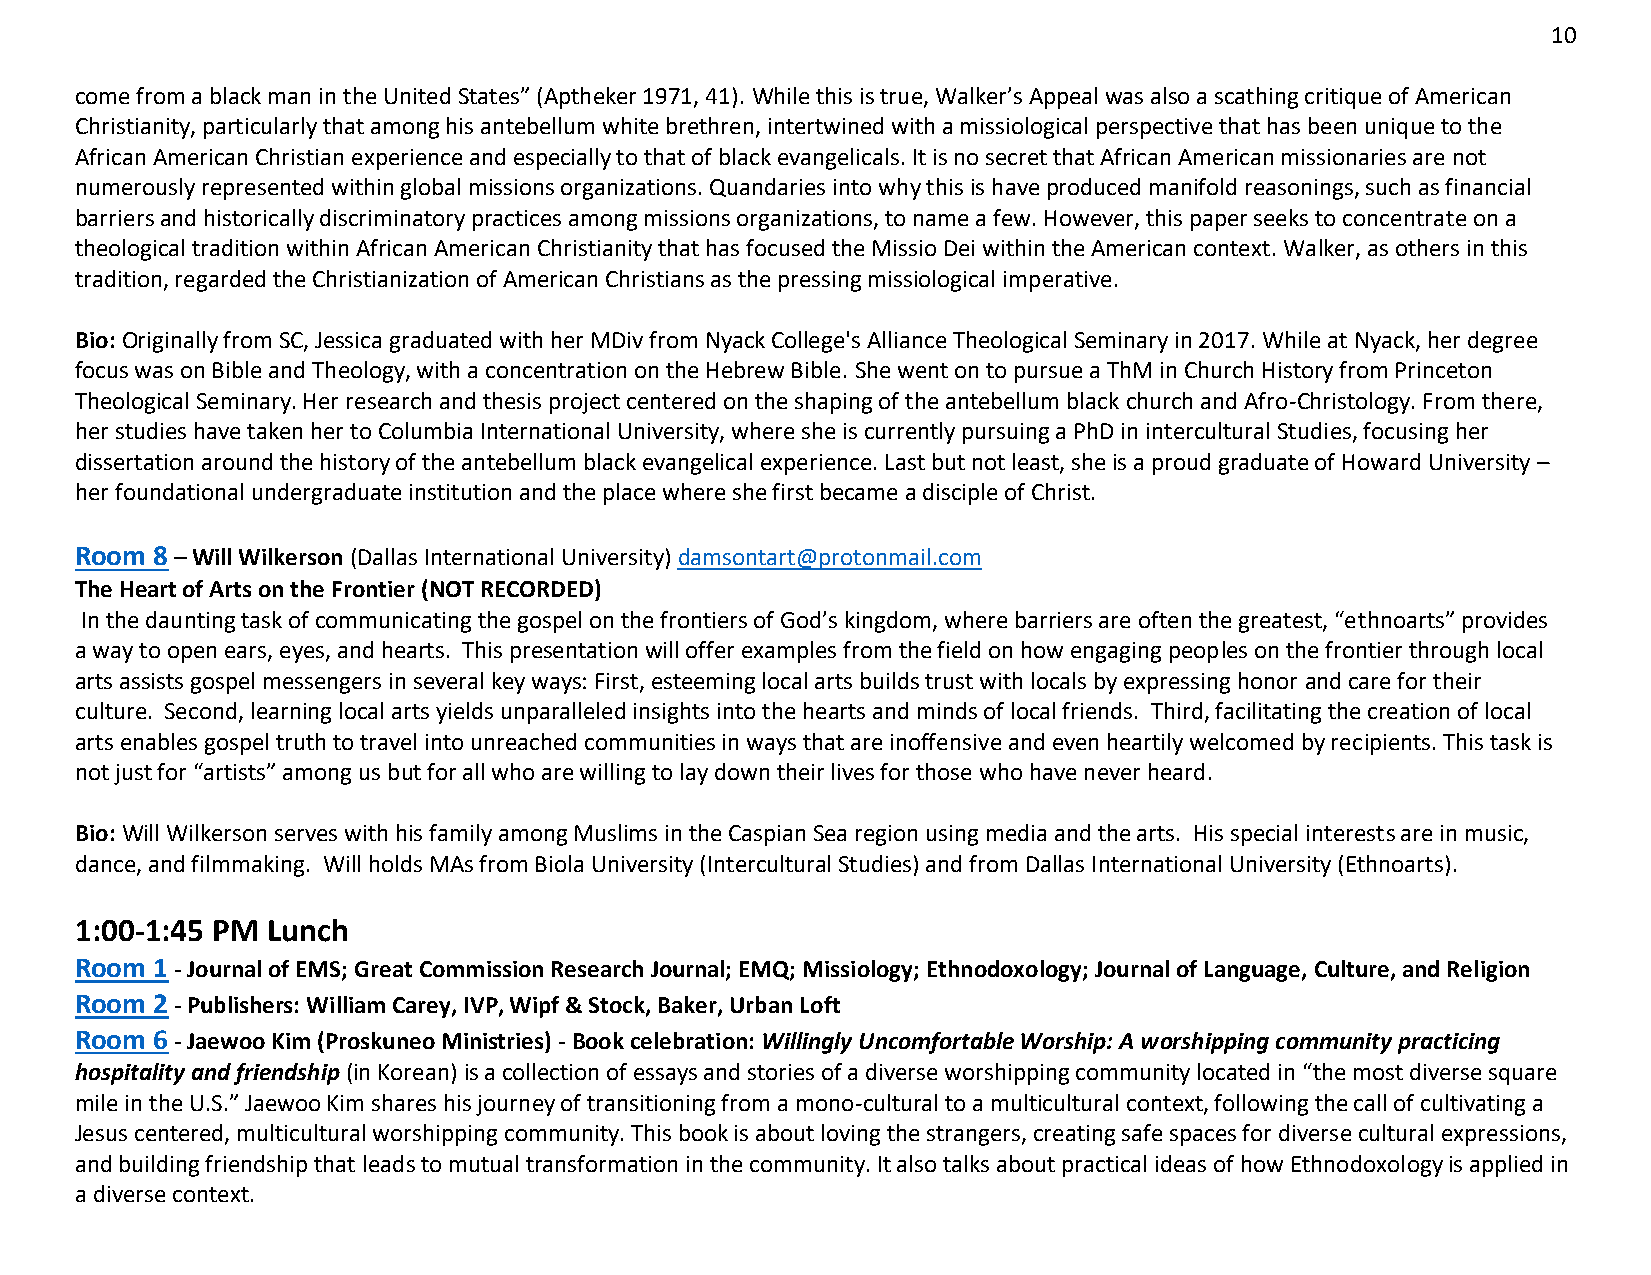
10
 come from a black man in the United States” (Aptheker 1971, 41). While this is true, Walker’s Appeal was also a scathing critique of American
 Christianity, particularly that among his antebellum white brethren, intertwined with a missiological perspective that has been unique to the
 African American Christian experience and especially to that of black evangelicals. It is no secret that African American missionaries are not
 numerously represented within global missions organizations. Quandaries into why this is have produced manifold reasonings, such as financial
 barriers and historically discriminatory practices among missions organizations, to name a few. However, this paper seeks to concentrate on a
 theological tradition within African American Christianity that has focused the Missio Dei within the American context. Walker, as others in this
 tradition, regarded the Christianization of American Christians as the pressing missiological imperative.
 Bio: Originally from SC, Jessica graduated with her MDiv from Nyack College's Alliance Theological Seminary in 2017. While at Nyack, her degree
 focus was on Bible and Theology, with a concentration on the Hebrew Bible. She went on to pursue a ThM in Church History from Princeton
 Theological Seminary. Her research and thesis project centered on the shaping of the antebellum black church and Afro-Christology. From there,
 her studies have taken her to Columbia International University, where she is currently pursuing a PhD in intercultural Studies, focusing her
 dissertation around the history of the antebellum black evangelical experience. Last but not least, she is a proud graduate of Howard University –
 her foundational undergraduate institution and the place where she first became a disciple of Christ.
 Room 8 – Will Wilkerson (Dallas International University) damsontart@protonmail.com
 The Heart of Arts on the Frontier (NOT RECORDED)
 In the daunting task of communicating the gospel on the frontiers of God’s kingdom, where barriers are often the greatest, “ethnoarts” provides
 a way to open ears, eyes, and hearts. This presentation will offer examples from the field on how engaging peoples on the frontier through local
 arts assists gospel messengers in several key ways: First, esteeming local arts builds trust with locals by expressing honor and care for their
 culture. Second, learning local arts yields unparalleled insights into the hearts and minds of local friends. Third, facilitating the creation of local
 arts enables gospel truth to travel into unreached communities in ways that are inoffensive and even heartily welcomed by recipients. This task is
 not just for “artists” among us but for all who are willing to lay down their lives for those who have never heard.
 Bio: Will Wilkerson serves with his family among Muslims in the Caspian Sea region using media and the arts. His special interests are in music,
 dance, and filmmaking. Will holds MAs from Biola University (Intercultural Studies) and from Dallas International University (Ethnoarts).
 1:00-1:45 PM Lunch
 Room 1 - Journal of EMS; Great Commission Research Journal; EMQ; Missiology; Ethnodoxology; Journal of Language, Culture, and Religion
 Room 2 - Publishers: William Carey, IVP, Wipf & Stock, Baker, Urban Loft
 Room 6 - Jaewoo Kim (Proskuneo Ministries) - Book celebration: Willingly Uncomfortable Worship: A worshipping community practicing
 hospitality and friendship (in Korean) is a collection of essays and stories of a diverse worshipping community located in “the most diverse square
 mile in the U.S.” Jaewoo Kim shares his journey of transitioning from a mono-cultural to a multicultural context, following the call of cultivating a
 Jesus centered, multicultural worshipping community. This book is about loving the strangers, creating safe spaces for diverse cultural expressions,
 and building friendship that leads to mutual transformation in the community. It also talks about practical ideas of how Ethnodoxology is applied in
 a diverse context.